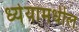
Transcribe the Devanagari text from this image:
ध्येयामधील